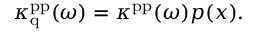
\kappa _ { \mathrm { q } } ^ { \mathrm { p p } } ( \omega ) = \kappa ^ { \mathrm { p p } } ( \omega ) p ( x ) .